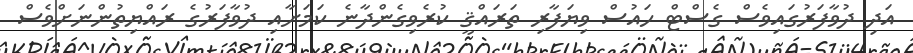
އަދި ދުވާފަރުގައިވެސް ގެސްޓް ހައުސް ވިޔަފާރި ތަރައްޤީ ކުރެވިގެންދާނެ ކަމަށާއި ދުވާފަރުގެ ރައްޔިތުންނަށްވެސް